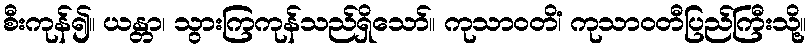
စီးကုန်၍။ ယန္တာ၊ သွားကြကုန်သည်ရှိသော်။ ကုသာဝတိံ၊ ကုသာဝတီပြည်ကြီးသို့။